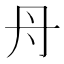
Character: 𮯱